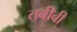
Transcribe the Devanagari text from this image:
तबीबी